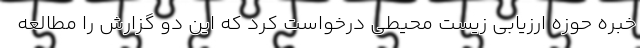
خبره حوزه ارزیابی زیست محیطی درخواست کرد که این دو گزارش را مطالعه